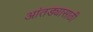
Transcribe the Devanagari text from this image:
आंतड्यासाठी